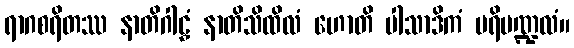
ရာဂစရိတဿ နာတိဂါဠှံ နာတိသိထိလံ ဟောတိ ပါသာဒိကံ ပရိမဏ္ဍလံ။